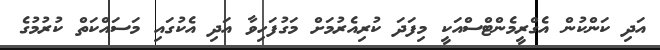
އަދި ކަންކުން އެގްރީމެންޓްސްއަކީ މިފަދަ ކުރިއެރުމަށް މަގުފަހިވާ އަދި އެކުގައި މަސައްކަތް ކުރުމުގެ